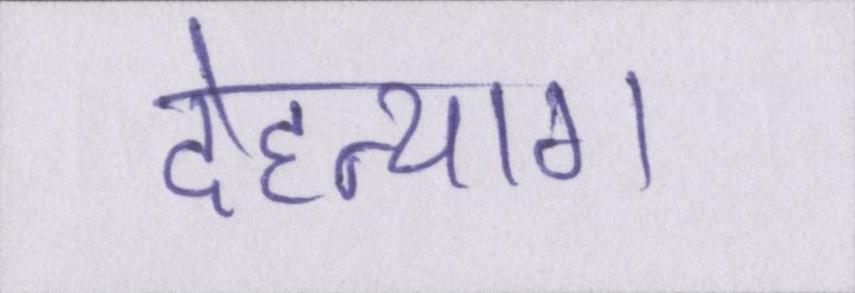
देहत्याग